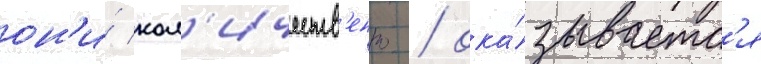
он'и́ кол'ичеств'енно / ока́зываетс'я